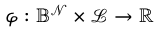
\varphi : \mathbb { B } ^ { \mathcal { N } } \times \mathcal { L } \rightarrow \mathbb { R }